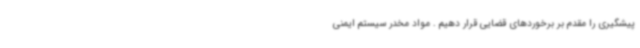
پیشگیری را مقدم بر برخوردهای قضایی قرار دهیم . مواد مخدر سیستم ایمنی